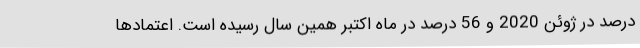
درصد در ژوئن 2020 و 56 درصد در ماه اکتبر همین سال رسیده است. اعتمادها